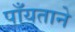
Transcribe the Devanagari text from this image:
पाँयताने